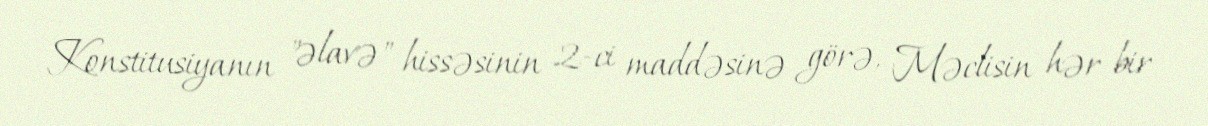
Konstitusiyanın "əlavə" hissəsinin 2-ci maddəsinə görə, Məclisin hər bir